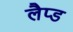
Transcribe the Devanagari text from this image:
लैप्ड